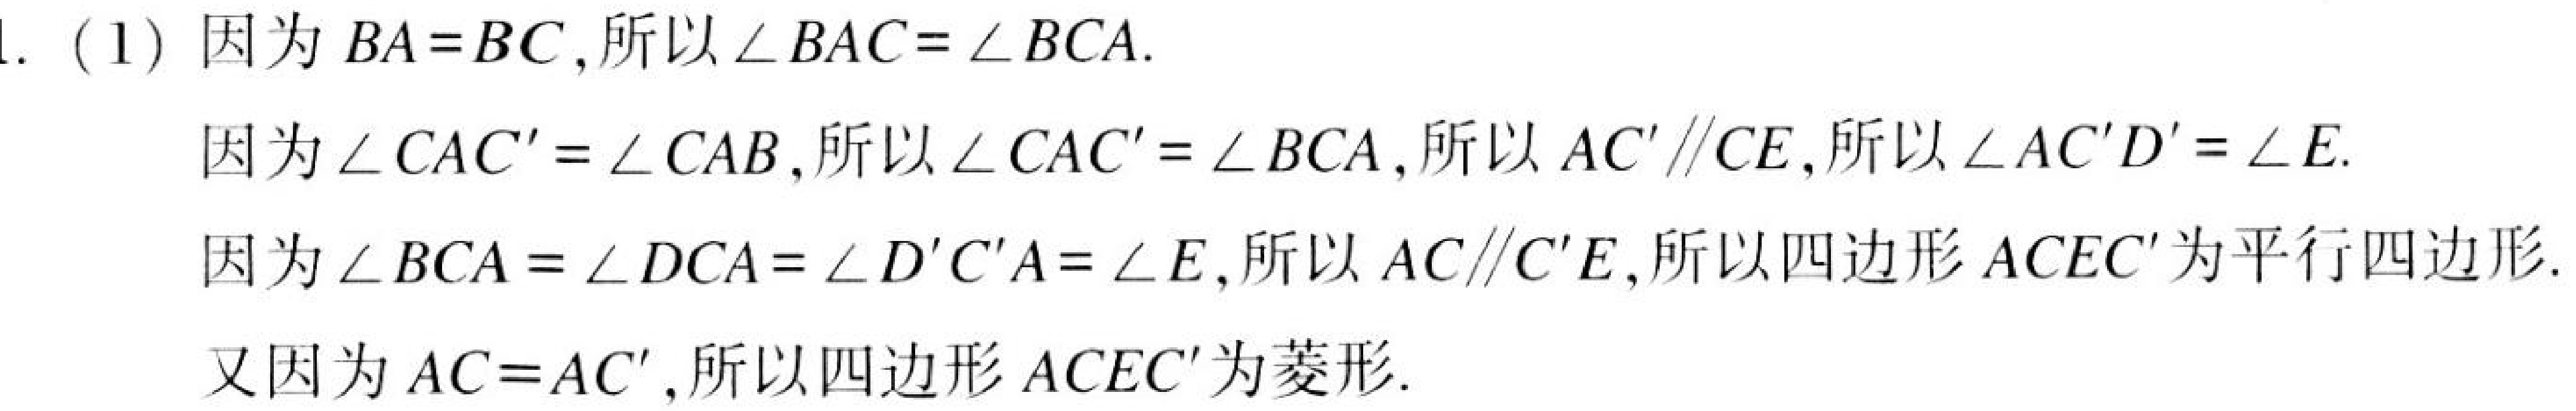
1. (1) 因为 \(BA = BC\),所以 \(\angle BAC=\angle BCA\).
因为 \(\angle CAC'=\angle CAB\),所以 \(\angle CAC'=\angle BCA\),所以 \(AC'\parallel CE\),所以 \(\angle AC'D'=\angle E\).
因为 \(\angle BCA=\angle DCA=\angle D'C'A=\angle E\),所以 \(AC\parallel C'E\),所以四边形 \(ACEC'\)为平行四边形.
又因为 \(AC = AC'\),所以四边形 \(ACEC'\)为菱形.